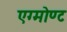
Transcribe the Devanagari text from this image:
एग्मोण्ट